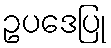
ဥပဒေပြု